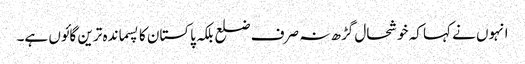
انہوں نے کہا کہ خوشحال گڑھ نہ صرف ضلع بلکہ پاکستان کا پسماندہ ترین گائوں ہے۔